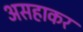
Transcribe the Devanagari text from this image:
असहाकर